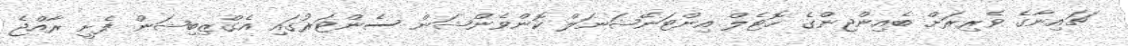
ޗައިނާގެ ވެރިރަށް ބެއިންޖިންގެ ހޮޓެލް އިންޓަނޭޝަނަލް ކޮންވެންޝަން ސެންޓަރުގައި އެގްޒިބިޝަން ފެށީ ރާއްޖެ